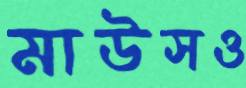
মাউসও